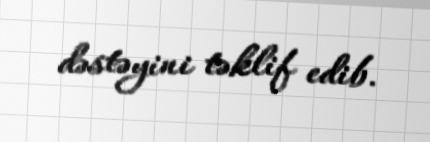
dəstəyini təklif edib.